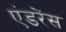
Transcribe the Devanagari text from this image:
एंडरेंस